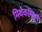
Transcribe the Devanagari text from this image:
मिथकांमधुन